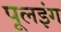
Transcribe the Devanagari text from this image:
पूलइंग